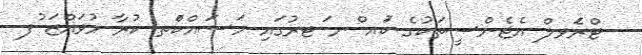
ޓްރެަވލް އެޖެންސީތަކުގެ ކަުއ ްނ ަޓރުގައި މަސައްކަްތ ކުރާ މުވައްޒަ ުފ